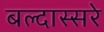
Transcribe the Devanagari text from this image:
बल्दास्सरे